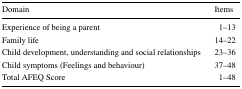
<table><thead><tr><td><b>Domain</b></td><td><b>Items</b></td></tr></thead><tbody><tr><td>Experience of being a parent</td><td>1–13</td></tr><tr><td>Family life</td><td>14–22</td></tr><tr><td>Child development, understanding and social relationships</td><td>23–36</td></tr><tr><td>Child symptoms (Feelings and behaviour)</td><td>37–48</td></tr><tr><td>Total AFEQ Score</td><td>1–48</td></tr></tbody></table>